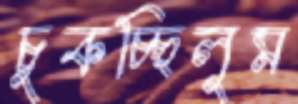
চুকচ্ছিলুম